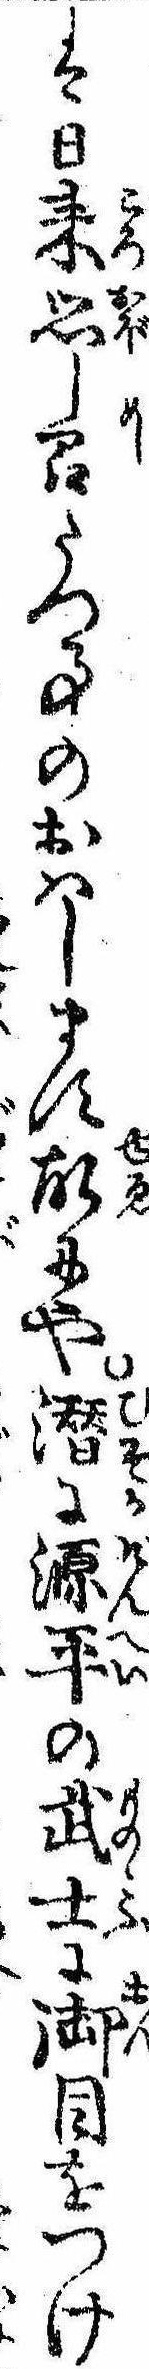
は日来思し召たつ事のおはします故にや潜に源平の武士に御目をつけ